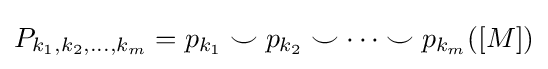
P_{k_{1},k_{2},\dots ,k_{m}}=p_{k_{1}}\smile p_{k_{2}}\smile \cdots \smile p_{k_{m}}([M])